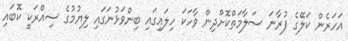
އަހަރެން ކަލޭގެ ފުރާނަ ސަލާމަތްކޮށްދިން ވާހަކަ ހިލައިގައި ބިންވަޅުނަގައި ލިޔުމުގެ ސިއްރަކީ ކޮބައި